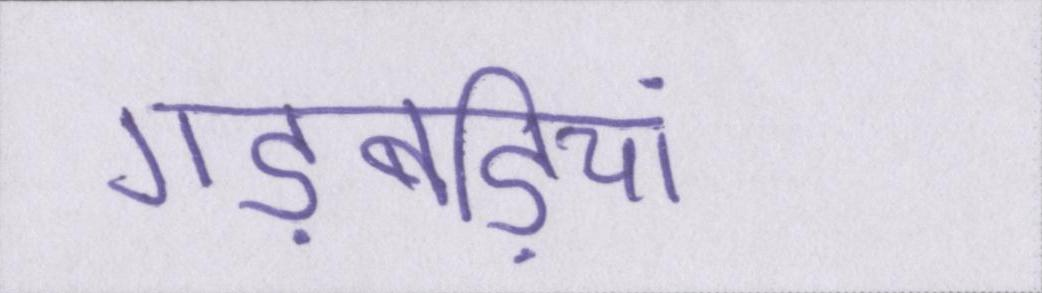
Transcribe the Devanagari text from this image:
गड़बड़ियां